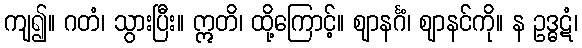
ကျ၍။ ဂတံ၊ သွားပြီး။ ဣတိ၊ ထို့ကြောင့်။ ဈာနင်္ဂံ၊ ဈာနင်ကို။ န ဥဒ္ဓဋံ၊